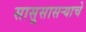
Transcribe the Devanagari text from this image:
सासूसासऱ्याचे